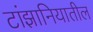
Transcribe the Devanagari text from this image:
टांझानियातील